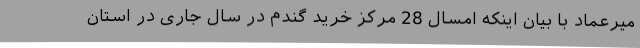
میرعماد با بیان اینکه امسال 28 مرکز خرید گندم در سال جاری در استان